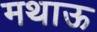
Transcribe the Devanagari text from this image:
मथाऊ